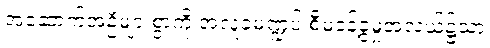
အဆောက်အဦများစွာကို အလှူခံမဏ္ဍပ် စီမံခန့်ခွဲမှုအလယ်၌သာ